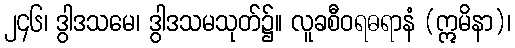
၂၄၆၊ ဒွါဒသမေ၊ ဒွါဒသမသုတ်၌။ လူခစီဝရဓရာနံ (ဣမိနာ)၊